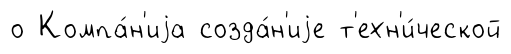
о Компа́н'иjа созда́н'иjе т'ехн'и́ческой